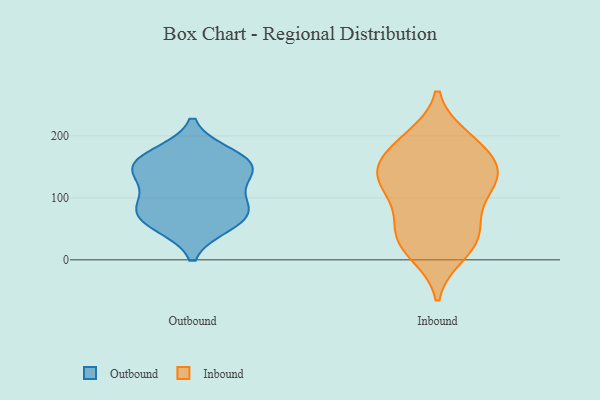
{"axis": {"x": "Demand Index", "y": "Value"}, "legend": ["Inbound", "Outbound"], "data": [{"x": "", "y": 146, "type": "Outbound"}, {"x": "", "y": 162, "type": "Outbound"}, {"x": "", "y": 148, "type": "Outbound"}, {"x": "", "y": 78, "type": "Outbound"}, {"x": "", "y": 137, "type": "Outbound"}, {"x": "", "y": 100, "type": "Outbound"}, {"x": "", "y": 63, "type": "Outbound"}, {"x": "", "y": 170, "type": "Outbound"}, {"x": "", "y": 56, "type": "Outbound"}, {"x": "", "y": 82, "type": "Outbound"}, {"x": "", "y": 161, "type": "Inbound"}, {"x": "", "y": 22, "type": "Inbound"}, {"x": "", "y": 186, "type": "Inbound"}, {"x": "", "y": 131, "type": "Inbound"}, {"x": "", "y": 38, "type": "Inbound"}, {"x": "", "y": 143, "type": "Inbound"}, {"x": "", "y": 63, "type": "Inbound"}, {"x": "", "y": 33, "type": "Inbound"}, {"x": "", "y": 71, "type": "Inbound"}, {"x": "", "y": 115, "type": "Inbound"}, {"x": "", "y": 131, "type": "Inbound"}, {"x": "", "y": 196, "type": "Inbound"}, {"x": "", "y": 119, "type": "Inbound"}, {"x": "", "y": 144, "type": "Inbound"}, {"x": "", "y": 10, "type": "Inbound"}, {"x": "", "y": 188, "type": "Inbound"}]}